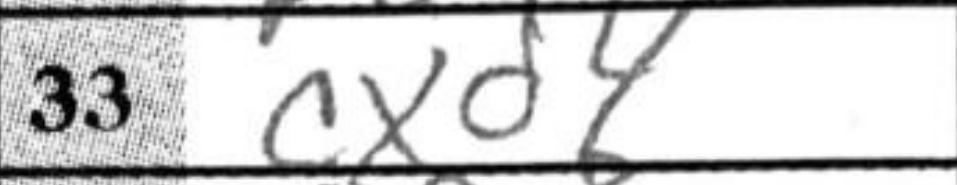
Transcription: cxd4